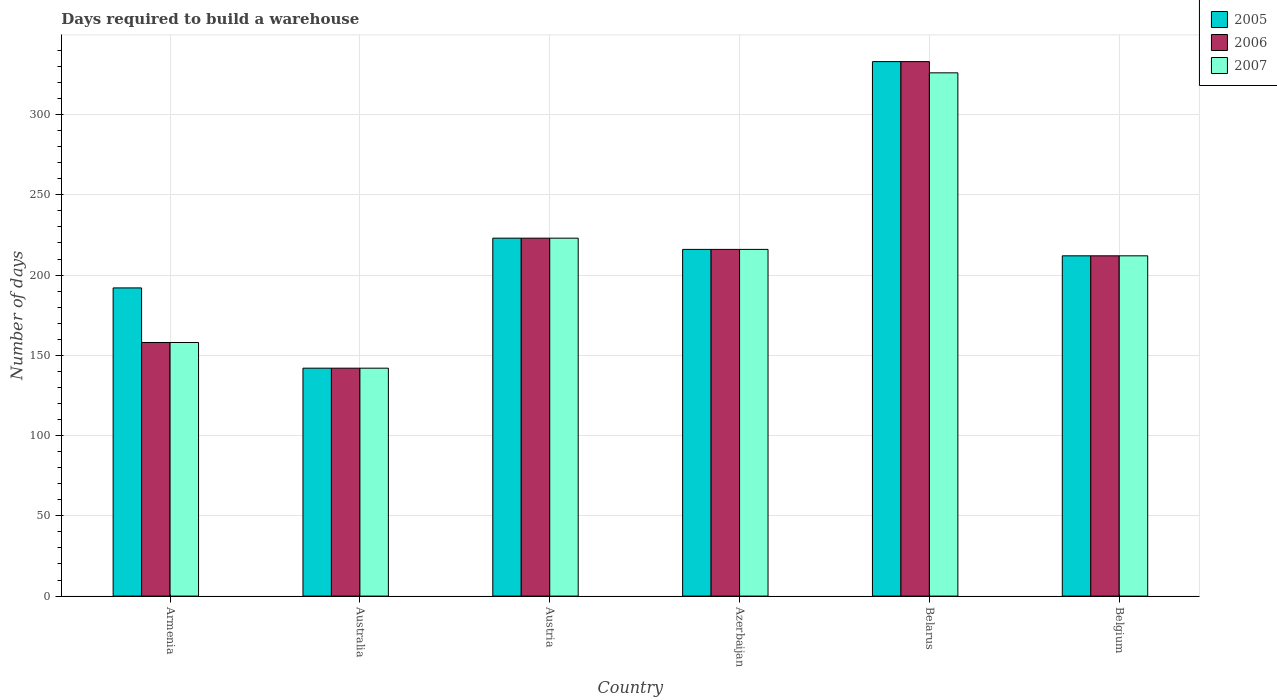
| Country | 2005 | 2006 | 2007 |
 | --- | --- | --- | --- |
 | Armenia | 192 | 158 | 158 |
 | Australia | 142 | 142 | 142 |
 | Austria | 223 | 223 | 223 |
 | Azerbaijan | 216 | 216 | 216 |
 | Belarus | 333 | 333 | 326 |
 | Belgium | 212 | 212 | 212 |